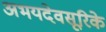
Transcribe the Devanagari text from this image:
अभयदेवसूरिके